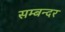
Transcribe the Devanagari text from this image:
सम्बन्दर